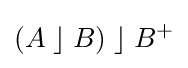
(A\;\rfloor \;B)\;\rfloor \;B^{+}